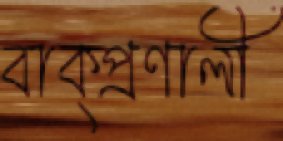
বাক্‌প্রণালী